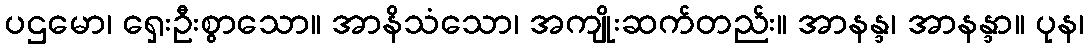
ပဌမော၊ ရှေးဦးစွာသော။ အာနိသံသော၊ အကျိုးဆက်တည်း။ အာနန္ဒ၊ အာနန္ဒာ။ ပုန၊